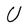
Character: U